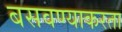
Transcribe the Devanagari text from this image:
बसवण्याकरता